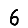
Digit: 6